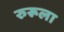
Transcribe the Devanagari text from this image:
रुरूला